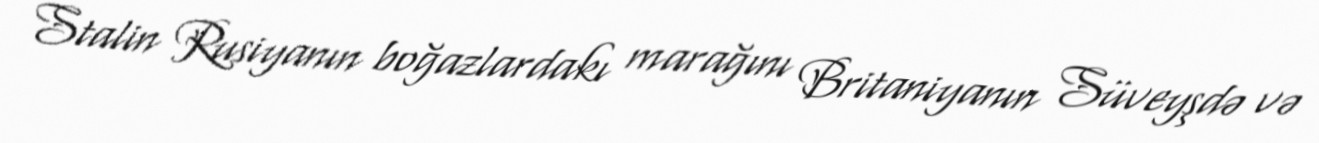
Stalin Rusiyanın boğazlardakı marağını Britaniyanın Süveyşdə və